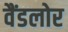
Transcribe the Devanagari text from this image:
वैंडलोर